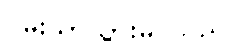
ဝမ်းသာသွားမိ သည်။